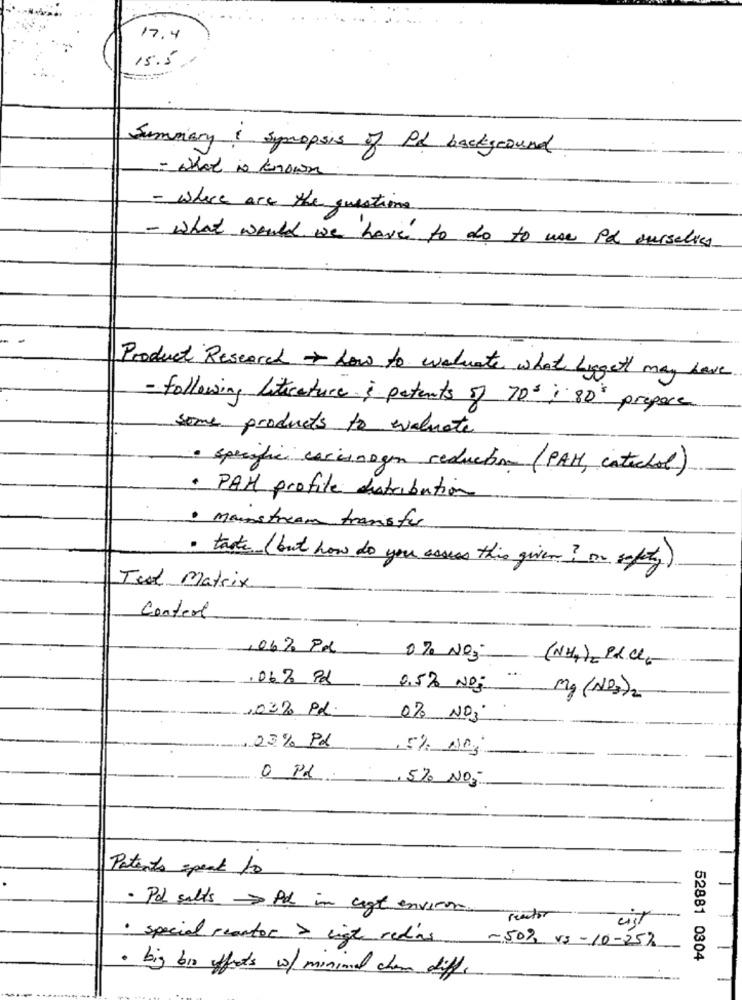
17.4
15.5.
Summary : synopsis of Ph background
- What is known
- where are the questions
- what would we have to do to use pa ourselves
Product Research how to waduate what Lingett may have
- following literature i patents of 70' ; 80' prepare
some products to evaluate
· specific carcinogen reduction (PAH, catechol)
· PAH profite distribution
· Mainstream transfer
· taste ( but how do you assess this given ? on safety)
Tell Matrix
Content
06.95Px
-
0 % NO3
(NH2) PL CC
.06% P&
0.5% NOS
mg (Ne)2
1032 PL.
0% NOS
03% PL
0 Pd ,5% NO3-
Patents speak to
· Pd salts Pd in cgt environ
Reactor
· special reactor > ligt redias -50% vs-10-25%
52881 0304
· big bir effects w/ minimal cham diff.